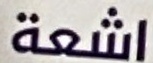
اشعة